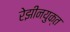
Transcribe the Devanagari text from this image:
रेझीनयुक्त